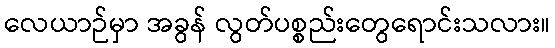
လေယာဉ်မှာ အခွန် လွတ်ပစ္စည်းတွေရောင်းသလား။